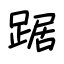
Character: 踞